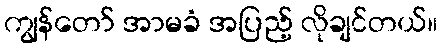
ကျွန်တော် အာမခံ အပြည့် လိုချင်တယ်။